Indian Medical Review
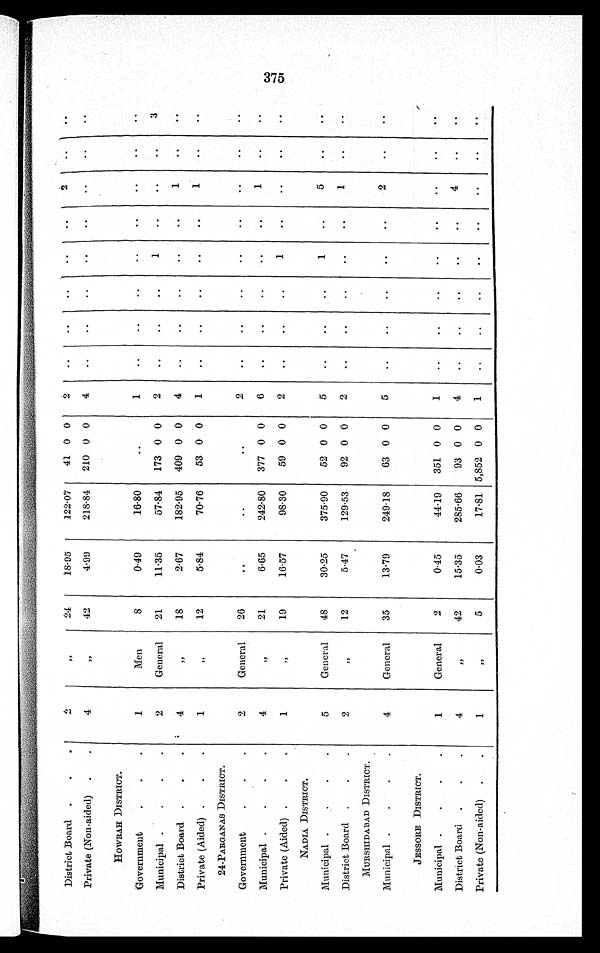
District Board
.
.
..
2
2,
24
18-95
122-07
41 0 0
2 '
..
..
..
.. ,
2
..
..
Private (Non-aided)
.
.
4
,,
42
4-99
218-84
210 0 0
4
..
..
..
..
..
..
• •
llOWRAH DISTRICT.
Government
.
.
.
1
Men
8
0.49
16-80
..
1
•.
•.
•.
•.
••
•.
•.
• .
Municipal .
.
.
.
2
General
21
11.35
57.84
173 0 0
2
..
..
..
1
..
..
..
3
District Board
.
.
.
'
7
18 18
2-67
182.95
409 0 0
4
..
•
• •
• •
1
• •
• •
Private (Aided) .
.
.
1
,,
12
5.84
70-76
53 0 0
1
..
..
..
..
• •
..
..
24-PARGANAS DISTRICT.
Government
•
.
.
9.
General
26
..
..
..
2
.
..
..
..
..
..
..
..
Municipal .
.
•
.
4
,,
21
6.65
242.80
377 0 0
6
..
..
..
..
..
1
..
..
Private (Aided) .
.
.
1
,
19
16-57
98-30
59 0 0
2
..
..
1
..
..
..
..
NADIA DISTRICT.
Municipal .
.
.
.
5
General
48
30.25
375.90
52 0 0
5
..
..
..
1
..
5
..
..
District Board
.
.
.
2
12
5.47
129.53
92 0 0
2
..
..
..
..
..
1
..
..
MURSIIIDABAD DISTRICT.
Municipal .
.
.
.
4
General
35
13-79
249-18
63 0 0
5
..
..
..
..
..
2
. •
..
JESSORE DISTRICT.
Municipal .
.
.
.
General
2
0.45
44-19
351 0 0
1
..
..
..
•
•
•
•
• •
District Board .
.
.
4
1
42
15.35
285.66
93 0 0
4
..
..
..
•
..
4
..
..
Private (Non-aided)
.
.
1
11
5
0.03
17-81 5,852 0 0
1
..
..
..
..
• •
..
..
coo
Cn